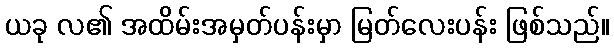
ယခု လ၏ အထိမ်းအမှတ်ပန်းမှာ မြတ်လေးပန်း ဖြစ်သည်။